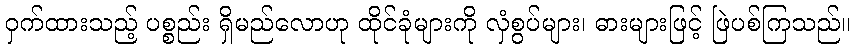
ဝှက်ထားသည့် ပစ္စည်း ရှိမည်လောဟု ထိုင်ခုံများကို လှံစွပ်များ၊ ဓားများဖြင့် ဖြဲပစ်ကြသည်။